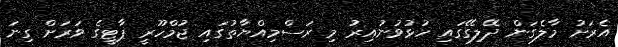
އެރަށު މާލެގަން ދޭލިގޭގައި ހުޅުވުނުއިރު މި ރަސްމިއްޔާތުގައި ޖުމްހޫރީ ޕާޓީގެ ވަރަށް ގިނަ